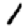
Digit: 1